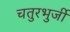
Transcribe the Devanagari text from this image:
चतुरभुर्जी